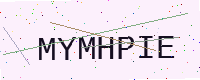
Text: MYMHPIE